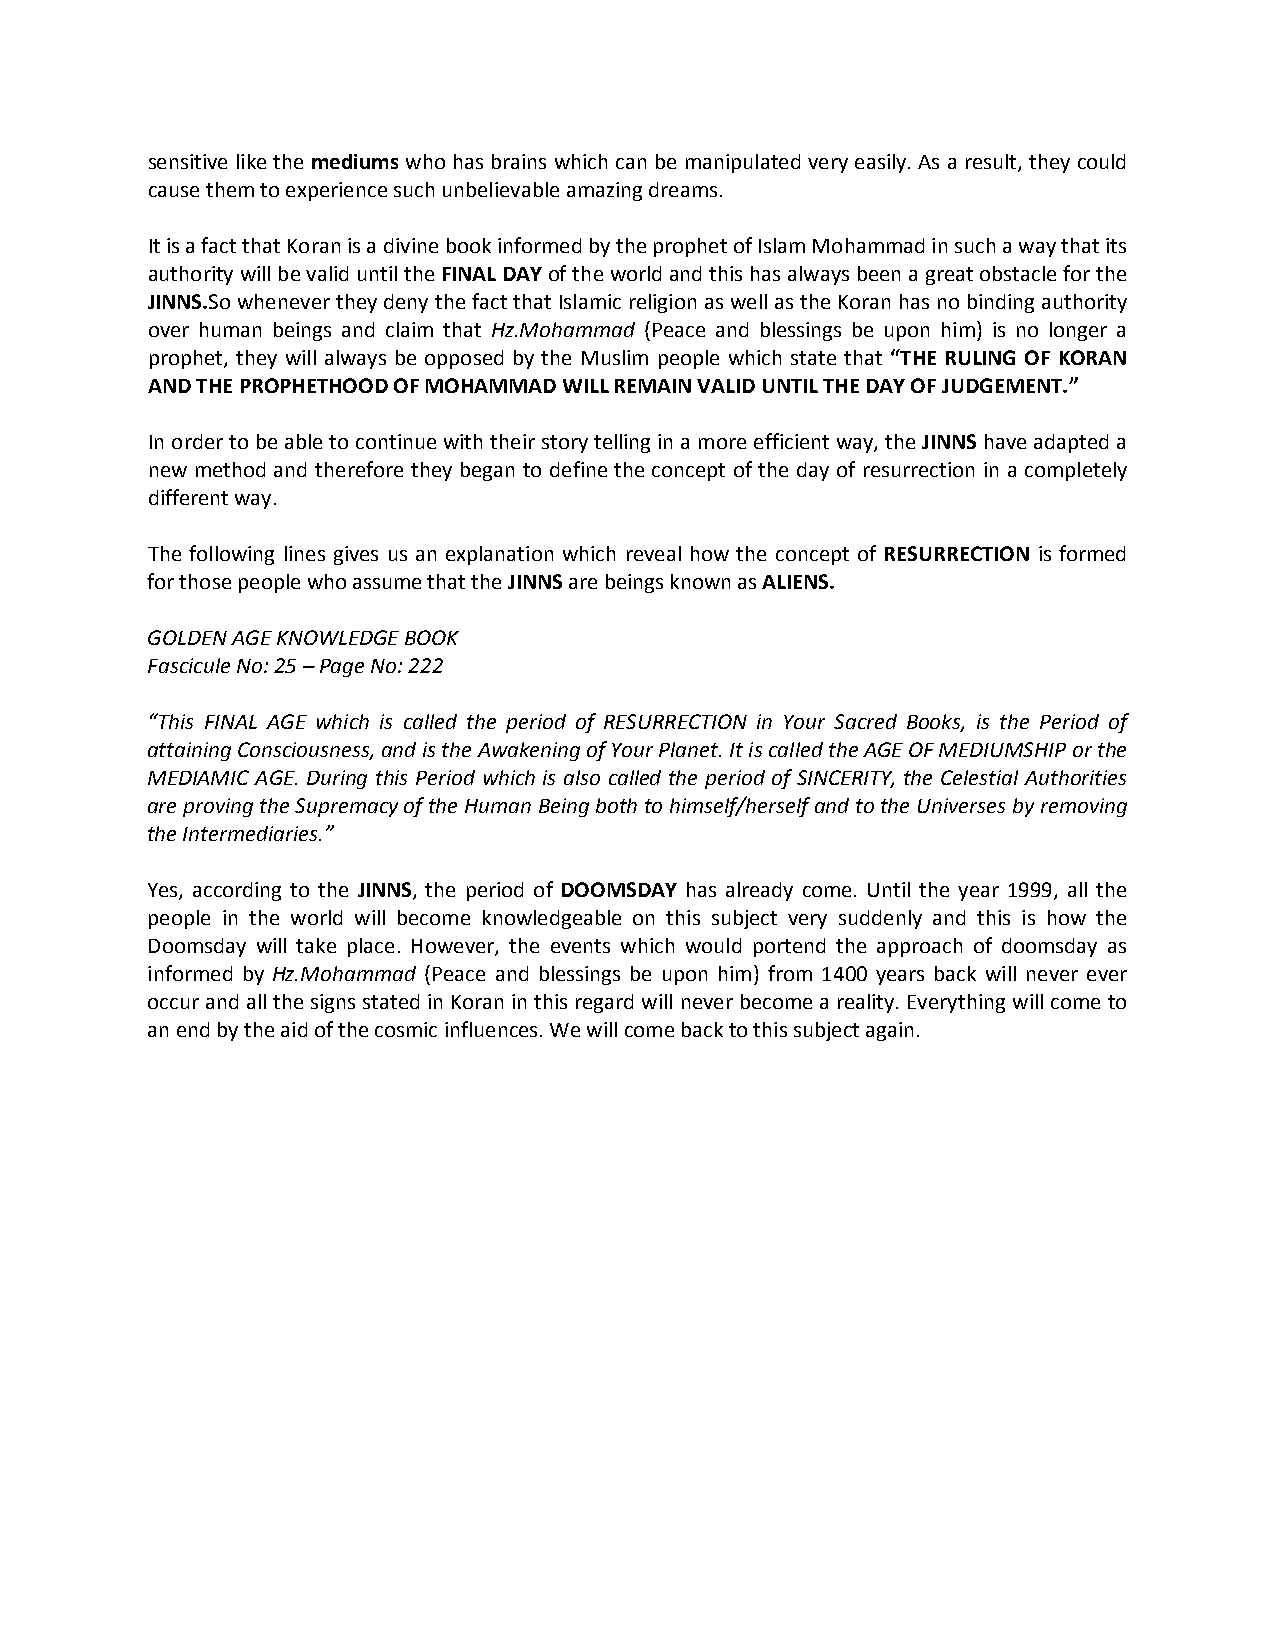
sensitive like the mediums who has brains which can be manipulated very easily. As a result, they could
 cause them to experience such unbelievable amazing dreams.
 It is a fact that Koran is a divine book informed by the prophet of Islam Mohammad in such a way that its
 authority will be valid until the FINAL DAY of the world and this has always been a great obstacle for the
 JINNS.So whenever they deny the fact that Islamic religion as well as the Koran has no binding authority
 over human beings and claim that Hz.Mohammad (Peace and blessings be upon him) is no longer a
 prophet, they will always be opposed by the Muslim people which state that “THE RULING OF KORAN
 AND THE PROPHETHOOD OF MOHAMMAD WILL REMAIN VALID UNTIL THE DAY OF JUDGEMENT.”
 In order to be able to continue with their story telling in a more efficient way, the JINNS have adapted a
 new method and therefore they began to define the concept of the day of resurrection in a completely
 different way.
 The following lines gives us an explanation which reveal how the concept of RESURRECTION is formed
 for those people who assume that the JINNS are beings known as ALIENS.
 GOLDEN AGE KNOWLEDGE BOOK
 Fascicule No: 25 – Page No: 222
 “This FINAL AGE which is called the period of RESURRECTION in Your Sacred Books, is the Period of
 attaining Consciousness, and is the Awakening of Your Planet. It is called the AGE OF MEDIUMSHIP or the
 MEDIAMIC AGE. During this Period which is also called the period of SINCERITY, the Celestial Authorities
 are proving the Supremacy of the Human Being both to himself/herself and to the Universes by removing
 the Intermediaries.”
 Yes, according to the JINNS, the period of DOOMSDAY has already come. Until the year 1999, all the
 people in the world will become knowledgeable on this subject very suddenly and this is how the
 Doomsday will take place. However, the events which would portend the approach of doomsday as
 informed by Hz.Mohammad (Peace and blessings be upon him) from 1400 years back will never ever
 occur and all the signs stated in Koran in this regard will never become a reality. Everything will come to
 an end by the aid of the cosmic influences. We will come back to this subject again.